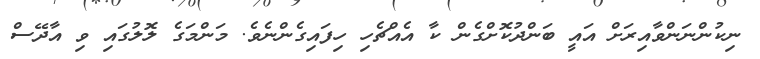
ނިކުންނަންވާއިރަށް އައީ ބަންދުކޮށްގެން ކާ އެއްޗެހި ހިފައިގެންނެވެ. މަންމަގެ ލޮލުގައި ވި އާދޭސް